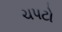
ચપટો